Cultivation of the bacillus of leprosy and the treatment of cases by means of a vaccine prepared from the cultivations - Number 42
Disease focus: Leprosy
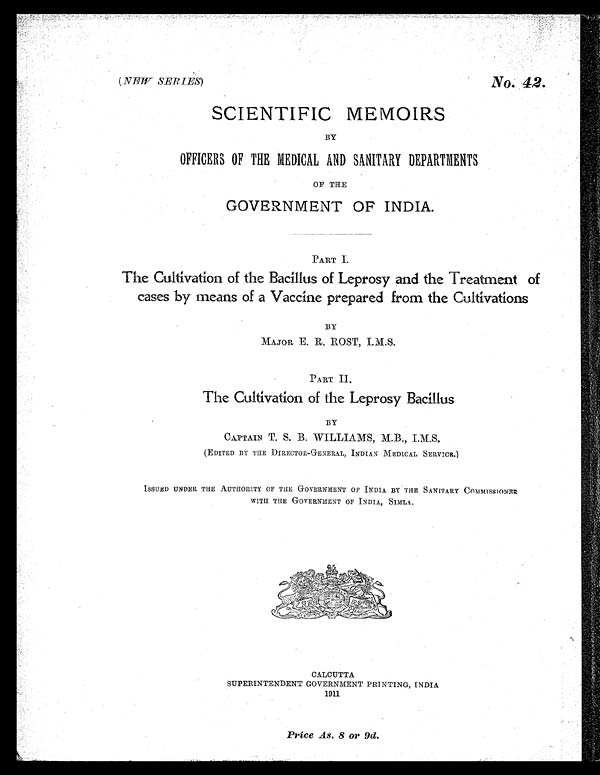
(NEW SER I ES)
N®0 42.
SCIENTIFIC MEMOIRS
BY
OFFICERS OF THE MEDICAL AND SANITARY DEPARTMENTS
OF THE
GOVERNMENT OF INDIA.
PART 1.
The Cultivation of the Bacillus of Leprosy and the Treatment of
cases by means of a Vaccine prepared from the Cultivations
BY
MAJOR E. R. ROST, I.M.S.
PART II.
The Cultivation of the Leprosy Bacillus
BY
CAPTAIN T. S. B. WILLIAMS, M.B., I.M.S.
(EDITED BY THE DIRECTOR-GENERAL, INDIAN MEDICAL SERVICE.)
ISSUED UNDER THE AUTIIORITY OF THE GOVERNMENT OF INDIA BY THE SANITARY COMMISSIONER
WITH THE GOVERNMENT OF INDIA, SIMLA..
CALCUTTA
SUPERINTENDENT GOVERNMENT PRINTING, INDIA
1911
Price As. 8 or 9d.